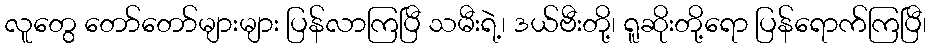
လူတွေ တော်တော်များများ ပြန်လာကြပြီ သမီးရဲ့၊ ဒယ်ဗီးတို့၊ ရူဆိုးတို့ရော ပြန်ရောက်ကြပြီ၊